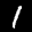
Label: 1